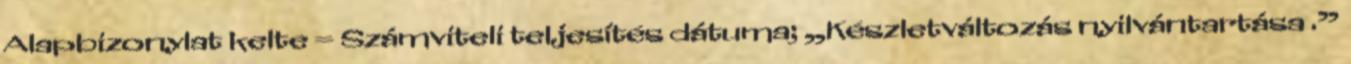
Alapbizonylat kelte = Számviteli teljesítés dátuma; „Készletváltozás nyilvántartása .”